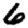
Digit: 6